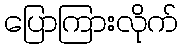
ပြောကြားလိုက်